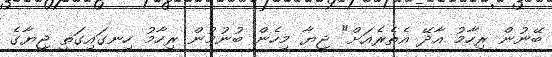
ބޭނުން ރިހާމު އާދޭ އެތެރެއަށް" ޖިޔާ މިހެން ބުނުމުން ރިހާމު ހިނގައިގަތީ ޖިޔާގެ